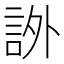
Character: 𧦨